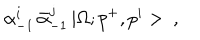
LaTeX: \alpha _ { - 1 } ^ { i } \, \bar { \alpha } _ { - 1 } ^ { j } \, | \Omega ; p ^ { + } , p ^ { i } > \ ,